Civil Veterinary Department Bihar & Orissa reports 1922-29 - 1922-1929
Year: 1922
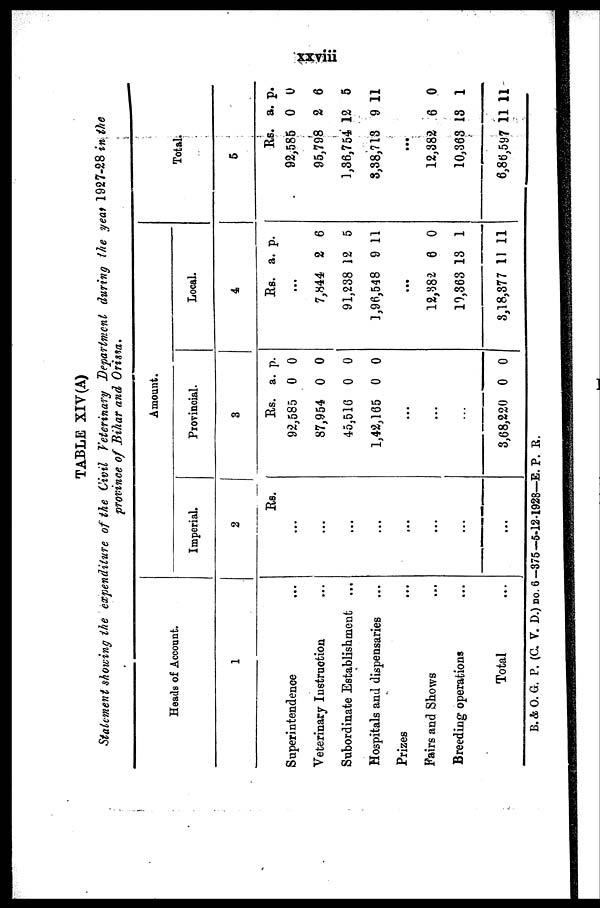
TABLE XIV (A)
Statement showing the expenditure of the Civil Veterinary Department during the year 1927-28 in the
province of Bihar and Orissa.
Heads of Account.
1
Superintendence
Veterinary Instruction
Subordinate Establishment ...
Hospitals and dispensaries
Prizes
Fairs and Shows
Breeding operations
Total
Amou
nt.
Imperial.
2
Rs.
...
...
...
...
...
...
...
...
Provincial.
3
Its.
92,585
87,954
45,516
1,42,165
a.
0
0
0
0
p.
0
0
0
0
...
...
8,68,220 0 0
Local.
4
Rs.
...
7,844
91,238
1,96,548
a.
2
12
9
p.
6
5
11
...
12,382
10,363
3,18,877
6
13
11
0
1
11
Total.
5
Rs.
92,585
95,798
1,36,754
3,38,713
a.
0
2
12
9
p.
0
6
5
11
...
12,882
10,368
6,86,597 1
6
13
1
0
1
11
B.&O.G. P. (C. V. D.)no.6-375-5-12-l928—E. P. R.